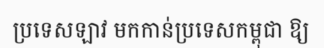
ប្រទេសឡាវ មកកាន់ប្រទេសកម្ពុជា ឱ្យ